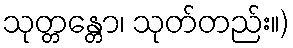
သုတ္တန္တော၊ သုတ်တည်း။)